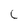
Character: C